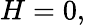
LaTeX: H=0,